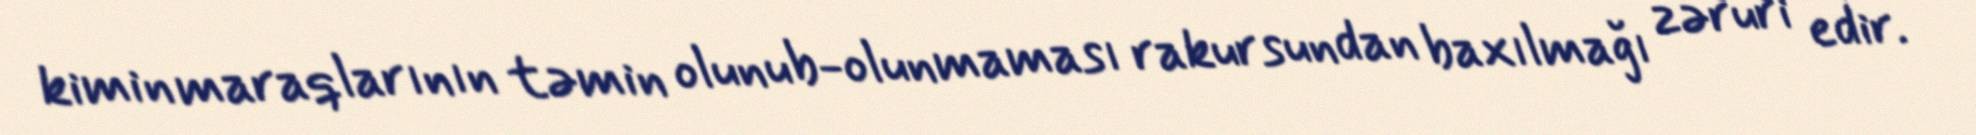
kimin maraqlarının təmin olunub-olunmaması rakursundan baxılmağı zəruri edir.